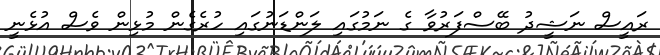
ރައީސް ނަޝީދު ބޭސްފަރުވާ ގެ ނަމުގައި ލަންޑަނުގައި ހުރެގެން މުޅިން ވެސް އުޅެނީ